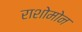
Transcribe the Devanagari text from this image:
राशोमोन